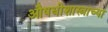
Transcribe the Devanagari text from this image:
औषधीशास्त्राच्या